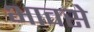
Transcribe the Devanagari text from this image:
भावसे